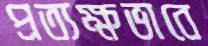
প্রত্যক্ষভাবে